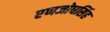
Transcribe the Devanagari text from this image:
रणजोधसिंह